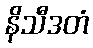
နိသီဒတံ